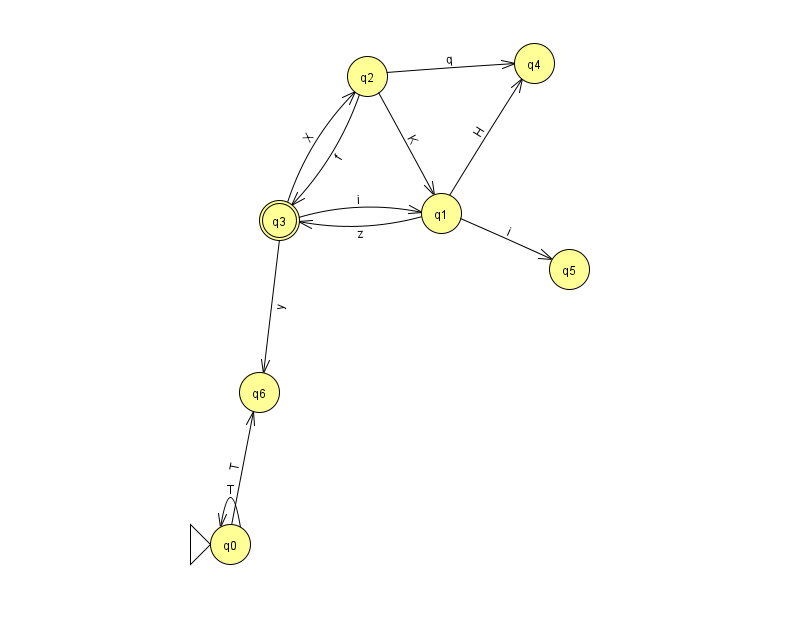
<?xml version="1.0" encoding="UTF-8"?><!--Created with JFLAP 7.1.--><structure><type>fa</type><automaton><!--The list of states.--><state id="0" name="q0"><x>230.0</x><y>531.0</y><initial/></state><state id="1" name="q1"><x>441.0</x><y>200.0</y></state><state id="2" name="q2"><x>367.0</x><y>63.0</y></state><state id="3" name="q3"><x>279.0</x><y>207.0</y><final/></state><state id="4" name="q4"><x>534.0</x><y>50.0</y></state><state id="5" name="q5"><x>569.0</x><y>256.0</y></state><state id="6" name="q6"><x>259.0</x><y>379.0</y></state><!--The list of transitions.--><transition><from>2</from><to>4</to><read>q</read></transition><transition><from>0</from><to>0</to><read>T</read></transition><transition><from>2</from><to>3</to><read>f</read></transition><transition><from>1</from><to>3</to><read>z</read></transition><transition><from>1</from><to>5</to><read>i</read></transition><transition><from>1</from><to>4</to><read>H</read></transition><transition><from>3</from><to>2</to><read>X</read></transition><transition><from>2</from><to>1</to><read>K</read></transition><transition><from>3</from><to>1</to><read>i</read></transition><transition><from>0</from><to>6</to><read>T</read></transition><transition><from>3</from><to>6</to><read>y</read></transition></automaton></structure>